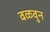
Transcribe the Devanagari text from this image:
वळवुन